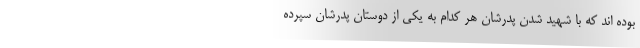
بوده اند که با شهید شدن پدرشان هر کدام به یکی از دوستان پدرشان سپرده